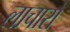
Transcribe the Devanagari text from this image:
लाचारों